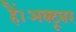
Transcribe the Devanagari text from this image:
हैं।अक्टूबर